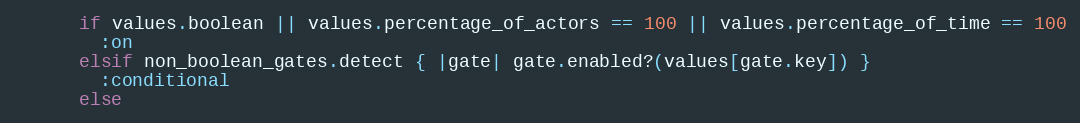
Language: Ruby
      if values.boolean || values.percentage_of_actors == 100 || values.percentage_of_time == 100
        :on
      elsif non_boolean_gates.detect { |gate| gate.enabled?(values[gate.key]) }
        :conditional
      else